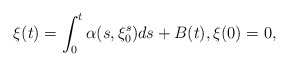
\begin{align*} \xi(t)=\int_0^t \alpha(s, \xi_0^s) ds + B(t), \xi(0)=0,\end{align*}